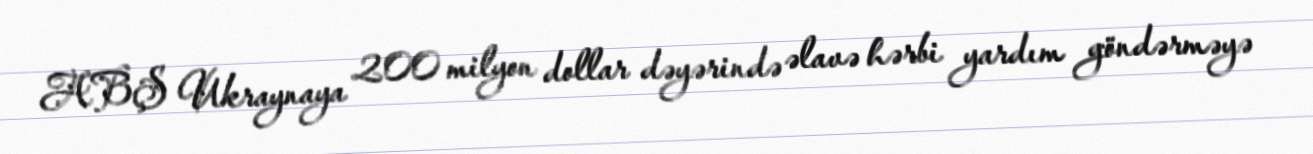
ABŞ Ukraynaya 200 milyon dollar dəyərində əlavə hərbi yardım göndərməyə